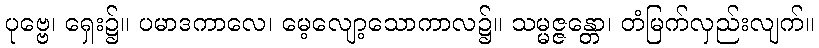
ပုဗ္ဗေ၊ ရှေး၌။ ပမာဒကာလေ၊ မေ့လျော့သောကာလ၌။ သမ္မဇ္ဇန္တော၊ တံမြက်လှည်းလျက်။